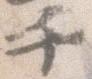
千